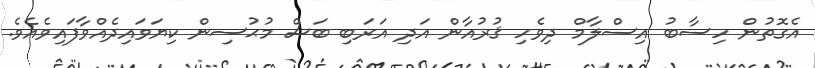
އެގޮތުން ހިސާބު އިސްލާމް ދިވެހި ޤުރުއާން އަދި އަރަބި ބަސް މުޙުސިން ކިޔަވައިދެއްވާފައިވެއެވެ.